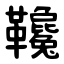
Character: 䪌